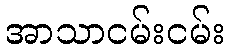
အာသာငမ်းငမ်း